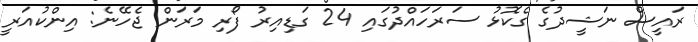
ރައީސް ނަޝީދުގެ ގެކޮޅު ސަރަހައްދުގައި 24 ގަޑިއިރު ފޯރި މަރަން ޖެހޭނެ: އިންކުއަރީ